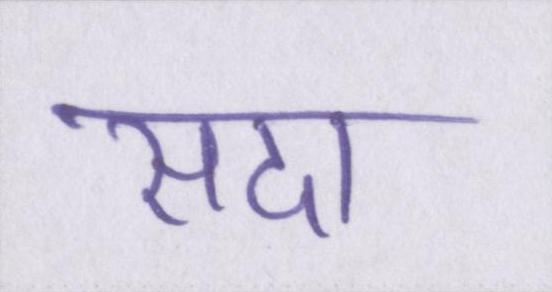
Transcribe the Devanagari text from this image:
सदा